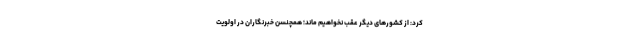
کرد: از کشورهای دیگر عقب نخواهیم ماند؛ همچنسن خبرنگاران در اولویت